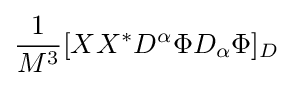
{\frac {1}{M^{3}}}[XX^{*}D^{\alpha }\Phi D_{\alpha }\Phi ]_{D}